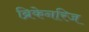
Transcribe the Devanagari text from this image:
ब्रिकेनरिज